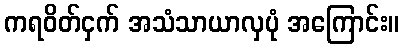
ကရဝိတ်ငှက် အသံသာယာလှပုံ အကြောင်း။